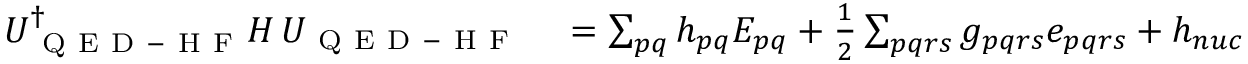
\begin{array} { r l } { U _ { \mathrm { ~ Q ~ E ~ D ~ - ~ H ~ F ~ } } ^ { \dagger } H \, U _ { \mathrm { ~ Q ~ E ~ D ~ - ~ H ~ F ~ } } } & { { } = \sum _ { p q } h _ { p q } E _ { p q } + \frac { 1 } { 2 } \sum _ { p q r s } g _ { p q r s } e _ { p q r s } + h _ { n u c } } \end{array}